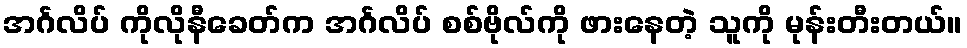
အင်္ဂလိပ် ကိုလိုနီခေတ်က အင်္ဂလိပ် စစ်ဗိုလ်ကို ဖားနေတဲ့ သူကို မုန်းတီးတယ်။